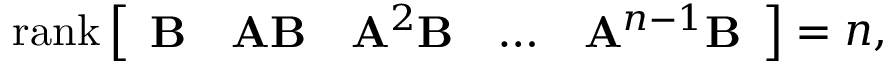
\operatorname { r a n k } { \left[ \begin{array} { l l l l l } { \mathbf { B } } & { \mathbf { A } \mathbf { B } } & { \mathbf { A } ^ { 2 } \mathbf { B } } & { \dots } & { \mathbf { A } ^ { n - 1 } \mathbf { B } } \end{array} \right] } = n ,